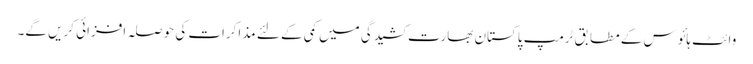
وائٹ ہائوس کے مطابق ٹرمپ پاکستان بھارت کشیدگی میں کمی کے لئے مذاکرات کی حوصلہ افزائی کریں گے۔